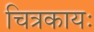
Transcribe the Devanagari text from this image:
चित्रकायः